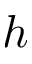
h